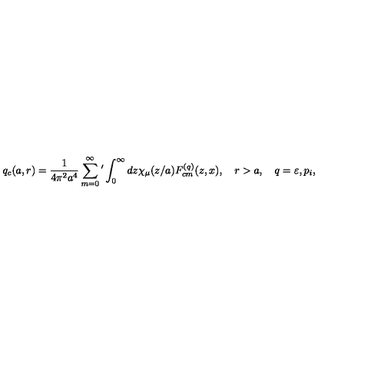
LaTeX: q _ { c } ( a , r ) = \frac { 1 } { 4 \pi ^ { 2 } a ^ { 4 } } \sum _ { m = 0 } ^ { \infty } { ' } \int _ { 0 } ^ { \infty } { d z \chi _ { \mu } ( z / a ) F _ { c m } ^ { ( q ) } ( z , x ) } , \quad r > a , \quad q = \varepsilon , p _ { i } ,